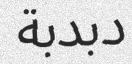
دبدبة